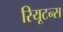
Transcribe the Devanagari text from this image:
रियूटन्स